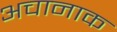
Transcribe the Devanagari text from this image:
अचानाक